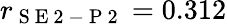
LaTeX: r_{\mathrm{~S~E~2~-~P~2~}}=0.312